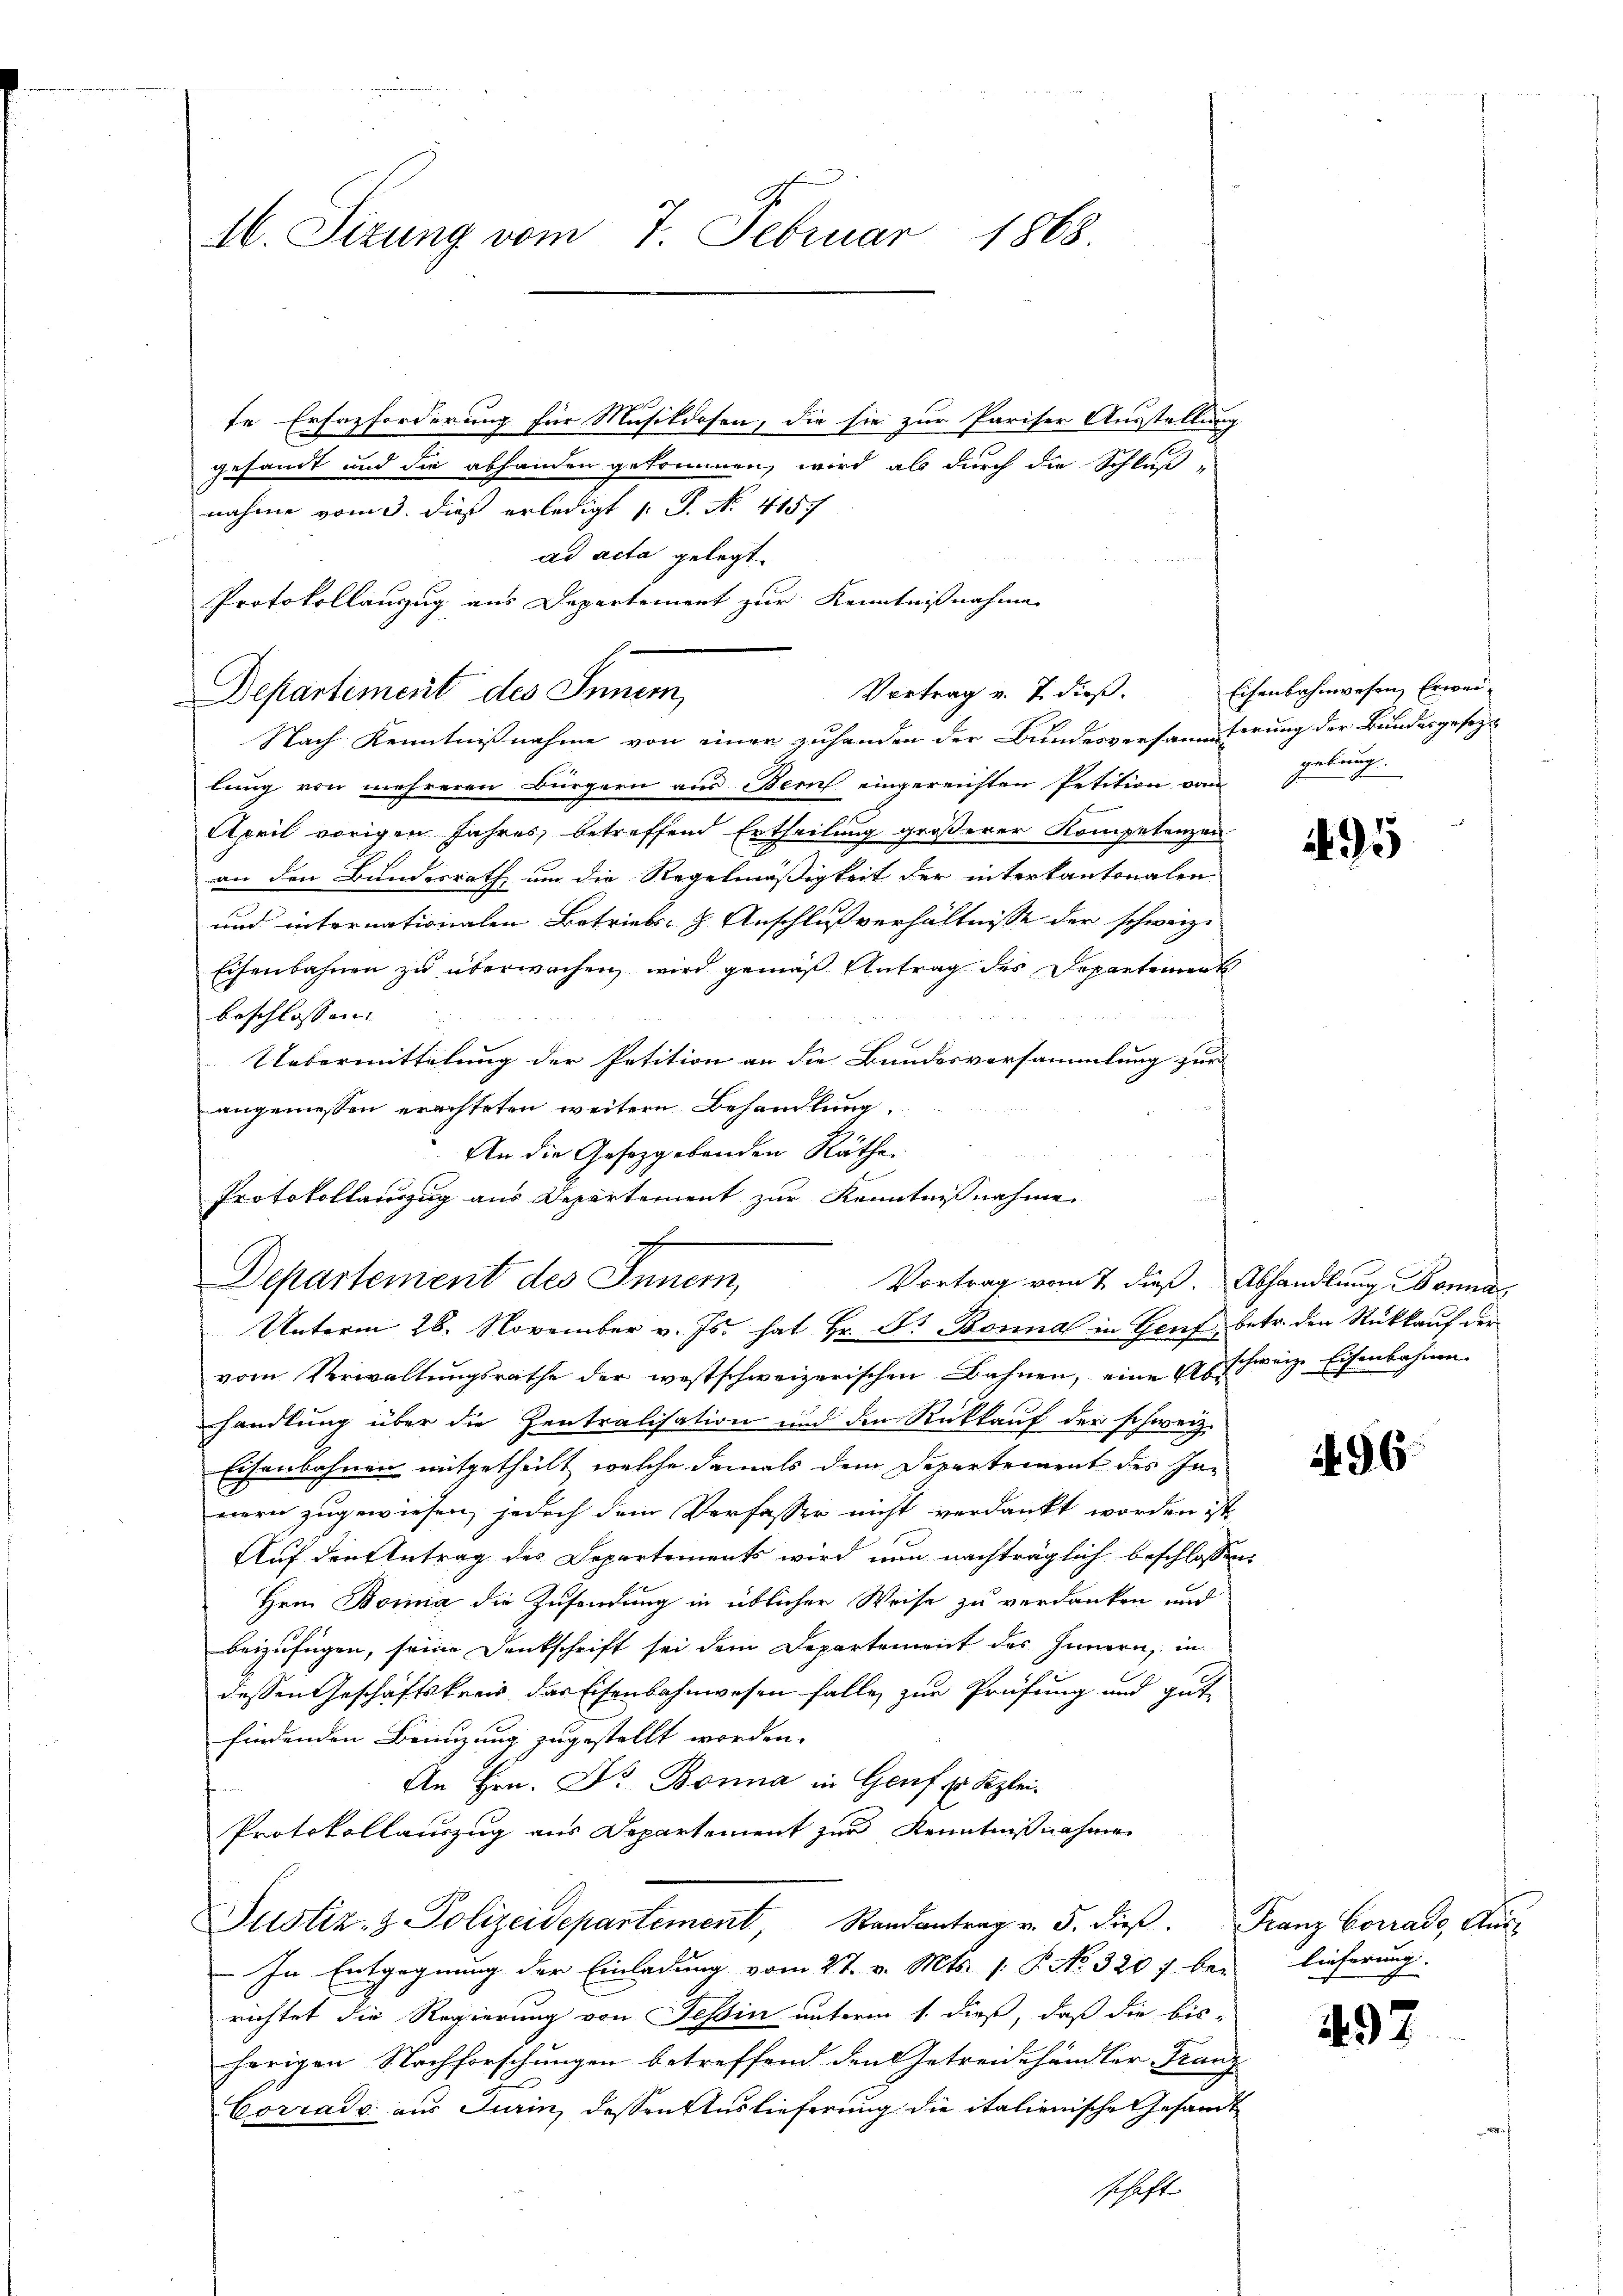
16. Sizung vom 7. Februar 1868.

Departement des Innern,

te Erhazforderung für Musikdosen, die sie zur Pariser Ausstellung
gesandt und die abhanden gekommen, wird als durch die Schluß
nahme vom 3. dieß erledigt (S. No. 415.
ad acta gelegt.
Nach Kenntnißnahme von einer zuhanden der Bundesversammterung der Bundesgesezt
lung von mehreren Bürgern aus Bern eingereichten Petition vom
April vorigen Jahres, betreffend Ertheilung größerer Kompetenzen
an den Bundesrath um die Regelmäßigkeit der interkantonalen
und internationalen Betriebs- & Anschlußverhältnisse der schweiz.
Eisenbahnen zu überwachen, wird gemäß Antrag des Departement
beschlossen:
Uebermittelung der Petition an die Bundesversammlung zur
angemessen erachteten weitern Behandlung.
An die Gesetzgebenden Räthe
Protokollauszug aus Departement zur Kenntnisnahme
Departement des Innern,
Vortrag vom 7. dieß. Abhandlung Bonna
Unterm 28. November v. Js. hat Hr. Dr Bonna in Genf, betr. den Rückkauf der
vom Verwaltungsrathe der westschweizerischen Bahnen, eine Abschweiz. Eisenbahnen
handlung über die Zentralisation und den Rückkauf der schweiz.
Eisenbahnen mitgetheilt, welche damals dem Departement des Innern zugewiesen, jedoch dem Verfasser nicht verdankt worden ist,
Auf den Antrag des Departements wird nun nachträglich beschlossen:
Hrn. Bomnia die Zusendung in üblicher Weise zu verdanken und
beizufügen, seine Denkschrift sei dem Departement des Innern, in
dessen Geschäftskreis das Eisenbahnwesen falle zur Prüfung und gut
findenden Beinzung zugestellt worden.
An Hrn. Dr. Bonna in Genf zu Szlei¬
Protokollauszug aus Departement zur Kenntnißnahmen
Justiz- & Polizeidepartement, Randantrag v. 5. dieβ. Franz Corrado, Aŭs-
In Entgegnung der Einladung vom 27. v. Mts. /: P. No. 320 f bei lieferung.
richtet die Regierung von Tessin unterm 1. dieß, daß die bis-
hörigen Nachforschungen betreffend den Getreidehändler Franz
Corrads aus Jurin, dessen Auslieferung die italienische Gesandt

Protokollauszug aus Departement zur Kenntnisnahme
h
Vortrag v. 7. dieß.

schaft.

Eisenbahnwesen Erweigebung.

495

4. 96

497